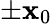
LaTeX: \pm\mathbf{x}_{0}